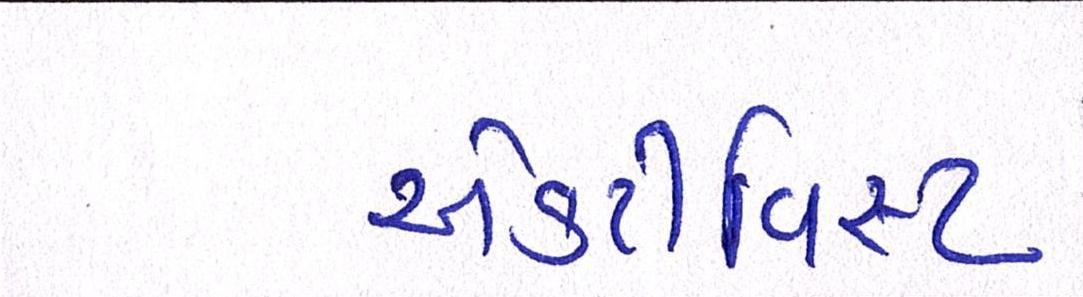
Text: એક્ટીવિસ્ટ